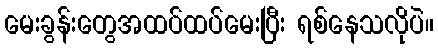
မေးခွန်းတွေအထပ်ထပ်မေးပြီး ရစ်နေသလိုပဲ။